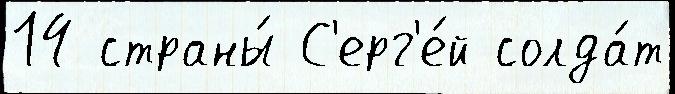
14 страны́ С'ерг'е́й солда́т